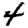
Digit: 4